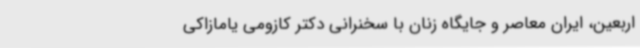
اربعین، ایران معاصر و جایگاه زنان با سخنرانی دکتر کازومی یامازاکی